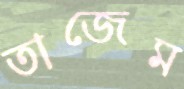
তাজেম